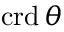
\operatorname { c r d } \theta